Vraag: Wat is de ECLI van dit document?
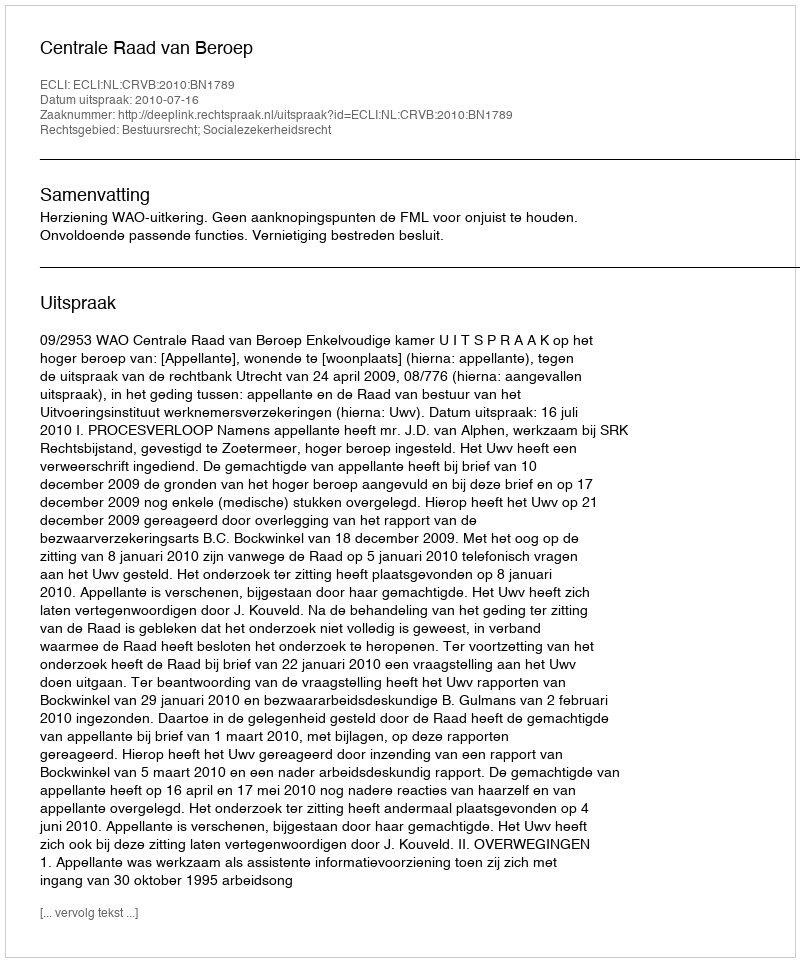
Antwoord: ECLI:NL:CRVB:2010:BN1789